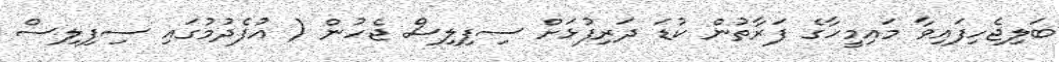
ބަލިޖެހިފައިވާ މައިމީހާގެ ފަރާތުން ކުޑަ ދަރިފުޅަށް ސިފިލިސް ޖެހުން ( އުފެދުމުގައި ސިފިލިސް